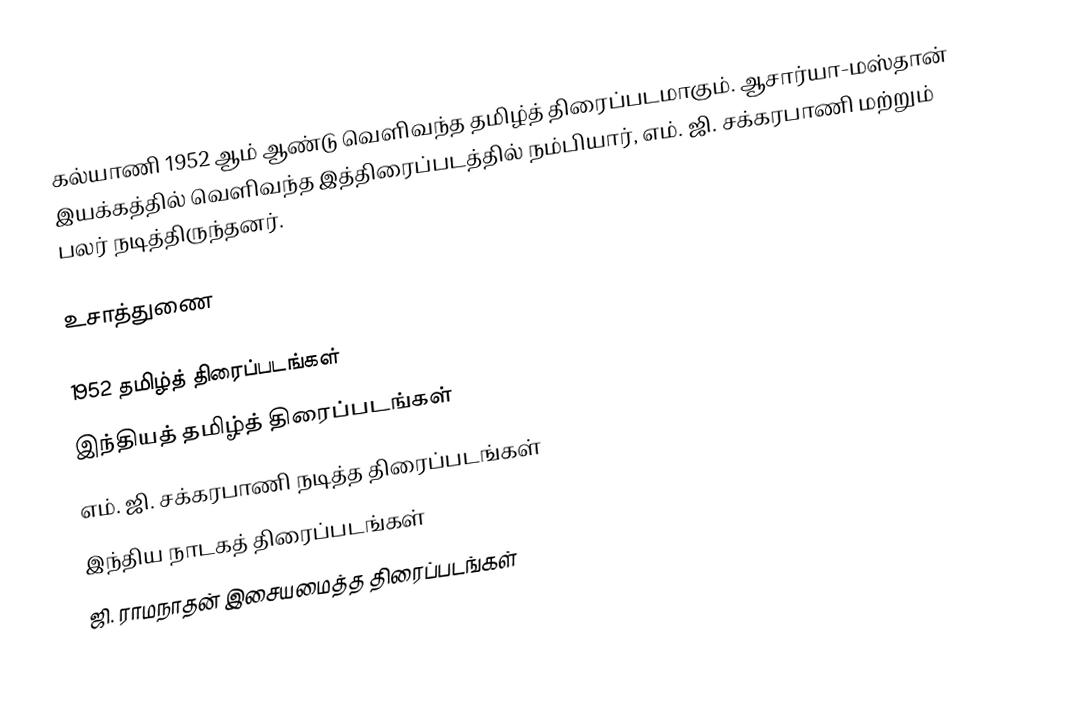
கல்யாணி 1952 ஆம் ஆண்டு வெளிவந்த தமிழ்த் திரைப்படமாகும். ஆசார்யா-மஸ்தான் இயக்கத்தில் வெளிவந்த இத்திரைப்படத்தில் நம்பியார், எம். ஜி. சக்கரபாணி மற்றும் பலர் நடித்திருந்தனர்.

உசாத்துணை

1952 தமிழ்த் திரைப்படங்கள்
இந்தியத் தமிழ்த் திரைப்படங்கள்
எம். ஜி. சக்கரபாணி நடித்த திரைப்படங்கள்
இந்திய நாடகத் திரைப்படங்கள்
ஜி. ராமநாதன் இசையமைத்த திரைப்படங்கள்